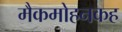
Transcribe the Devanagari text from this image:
मैकमोहनकह